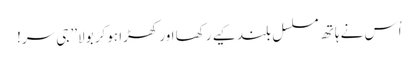
اُس نے ہاتھ مسلسل بلند کیے رکھا اور کھڑا ہوکر بولا’’ جی سر!